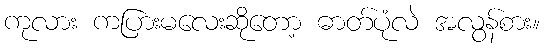
ကုလား ကပြားမလေးဆိုတော့ ဓာတ်ပုံလဲ အလွန်စား။